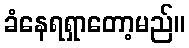
ခံနေရရှာတော့မည်။